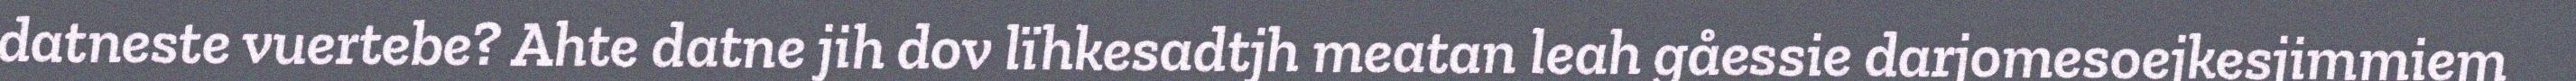
datneste vuertebe? Ahte datne jih dov lïhkesadtjh meatan leah gåessie darjomesoejkesjimmiem